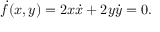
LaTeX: { \dot { f } } ( x , y ) = 2 x { \dot { x } } + 2 y { \dot { y } } = 0 .